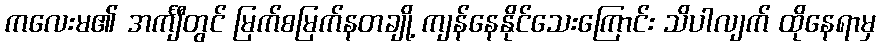
ကလေးမ၏ အင်္ကျီတွင် မြက်စမြက်နတချို့ ကျန်နေနိုင်သေးကြောင်း သိပါလျက် ထိုနေရာမှ